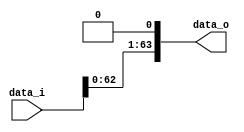
module Shift_Left_One_64 #(
    parameter ADDR_W = 64
)(
    data_i,
    data_o
);

//I/O ports                    
input [ADDR_W-1:0] data_i;
output [ADDR_W-1:0] data_o;

reg [ADDR_W-1:0] data_o;
//shift left 1

always@(*) begin
	data_o[63:1] = data_i[62:0];
	data_o[0] = 0;
    //data_o = {data_i[ADDR_W-2:0], 1'b0};
end
  
endmodule